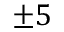
\pm 5